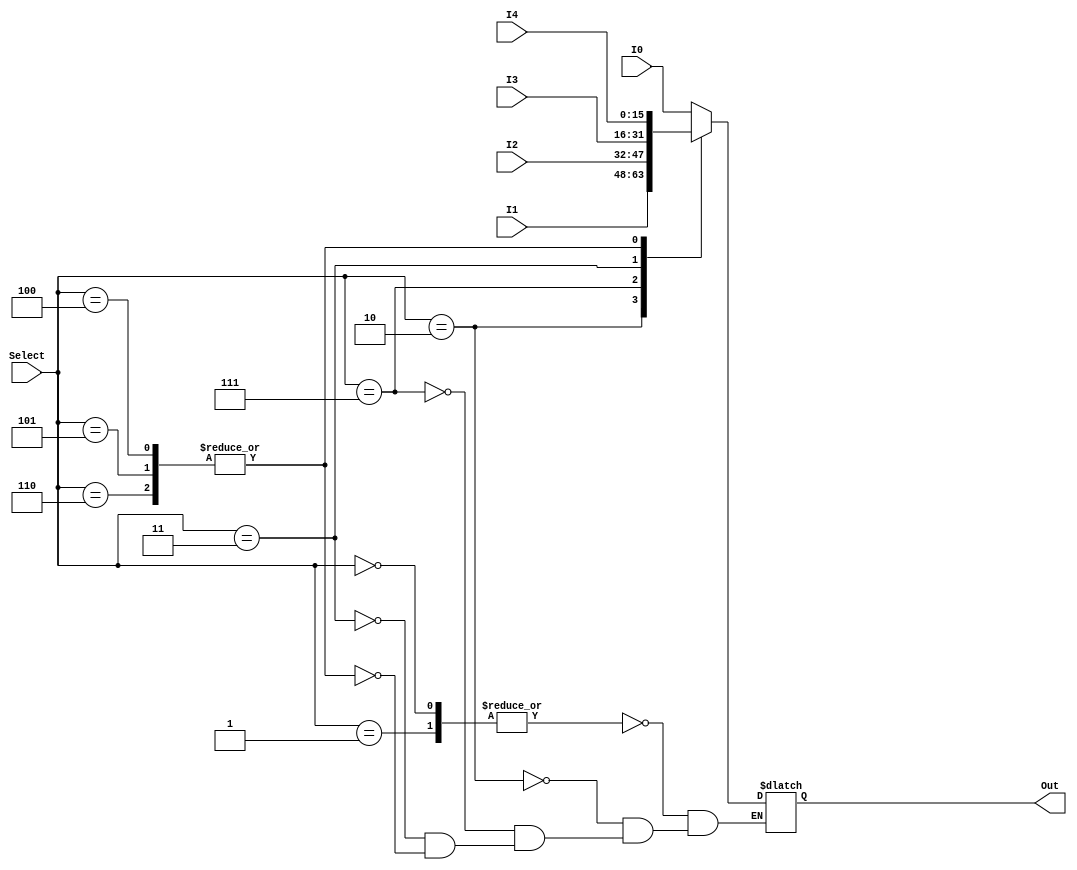
module ALU_Mux_4to1_16bit (I0, I1, I2, I3, I4, Select, Out);

  // ports
  input wire [15:0] I0, I1, I2, I3, I4;
  input wire [3:0] Select;
  output reg [15:0] Out;
  
  // internal
  reg error;

  // ADD 0000
  // SUB 0001
  // XOR 0010
  // PADDSB 0111
  // RED 0011
  always @(I0,I1, I2,I3, I4, Select) begin
    casex (Select)
      4'b0000, 4'b0001: begin
        Out = I0;
        error = 0;
      end
      4'b0010: begin
        Out = I1;
        error = 0;
      end
      4'b0111: begin
        Out = I2;
        error = 0;
      end
      4'b0011: begin
        Out = I3;
        error = 0;
      end
      4'b0100, 4'b0101, 4'b0110: begin
        Out = I4;
        error = 0;
      end
      default: error=1; // Default case 
    endcase
  end

endmodule